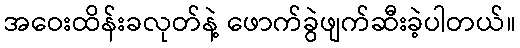
အဝေးထိန်းခလုတ်နဲ့ ဖောက်ခွဲဖျက်ဆီးခဲ့ပါတယ်။